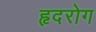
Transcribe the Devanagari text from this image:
हृदरोग